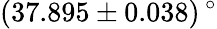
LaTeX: (37.895\pm 0.038)\, ^{\circ}